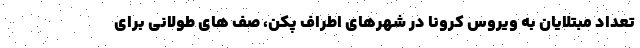
تعداد مبتلایان به ویروس کرونا در شهرهای اطراف پکن، صف های طولانی برای